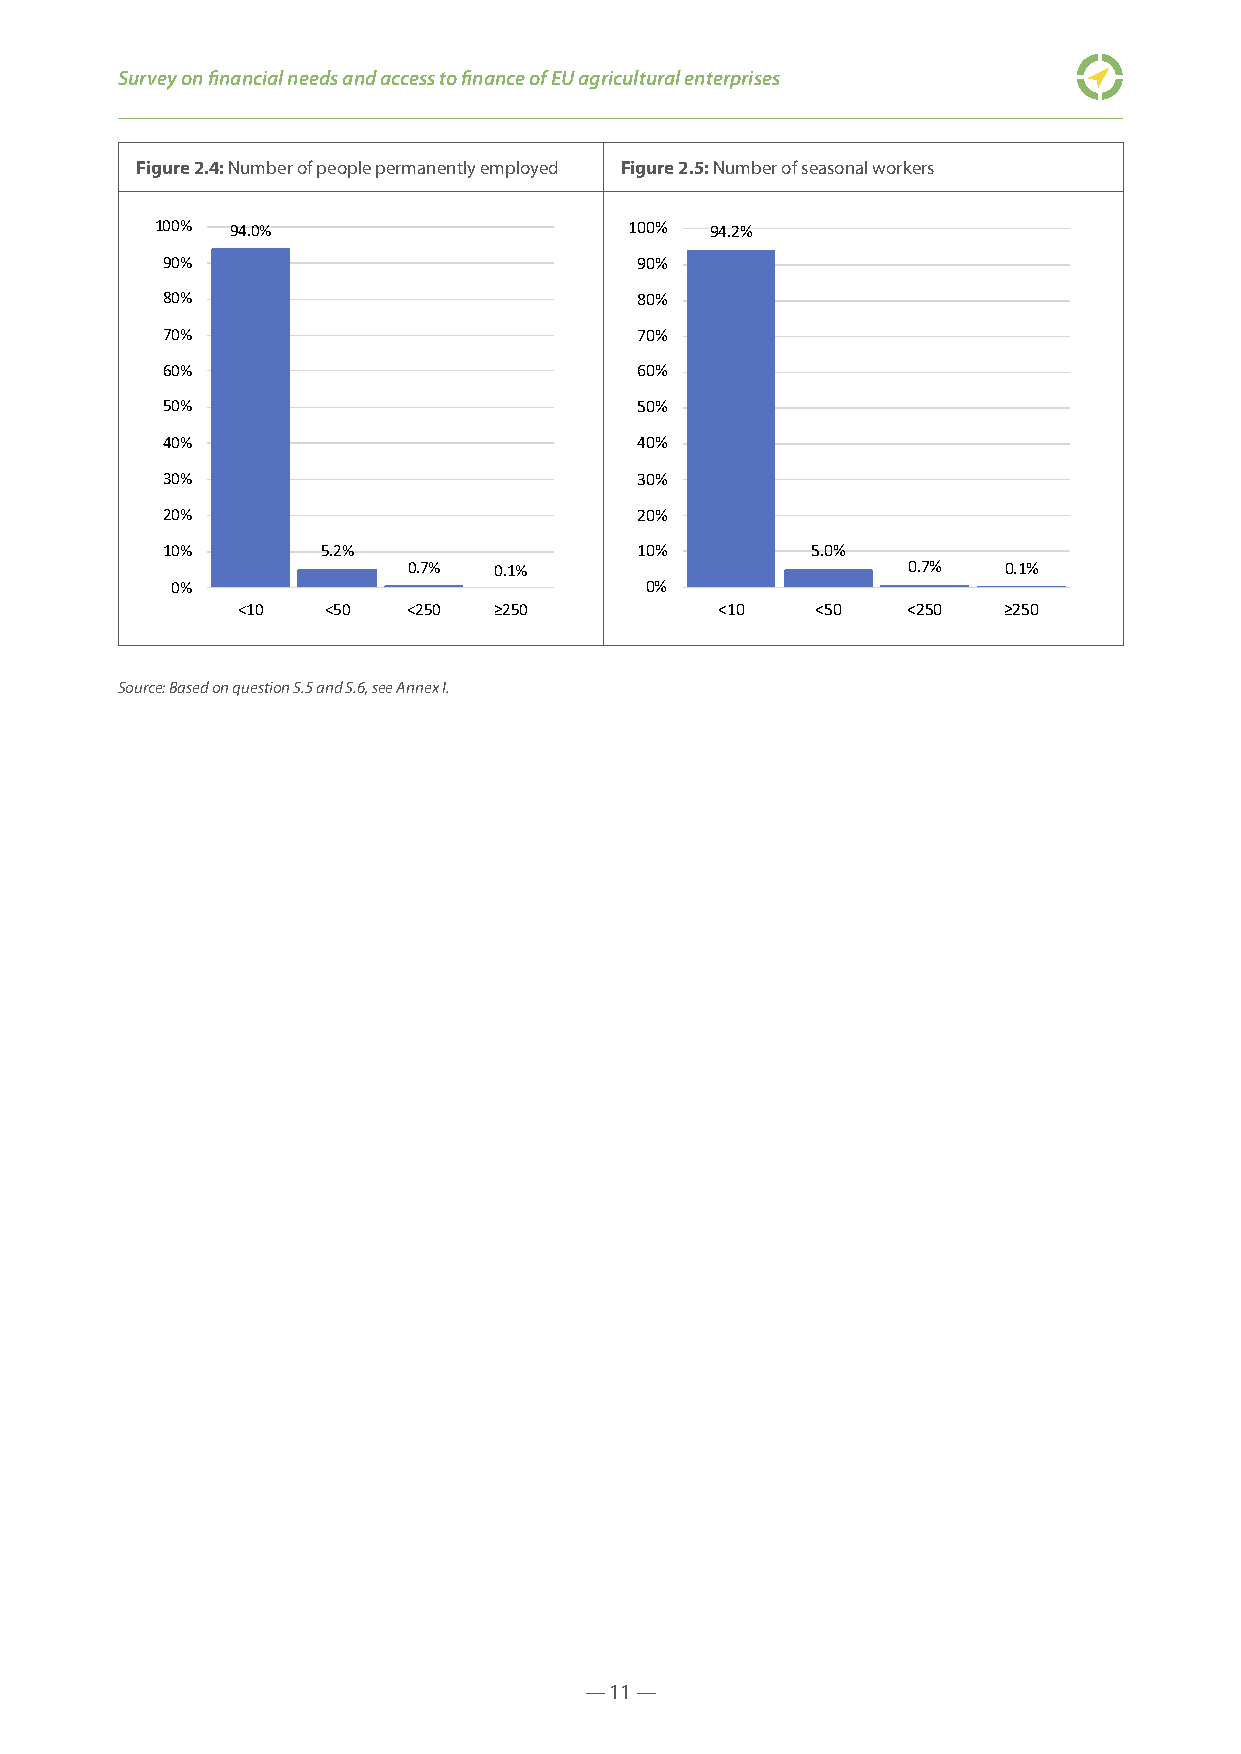
Survey on financial needs and access to finance of EU agricultural enterprises
 Figure 2.4: Number of people permanently employed Figure 2.5: Number of seasonal workers
 100% 94.0%                      100% 94.2%
 90%                            90%
 80%                            80%
 70%                            70%
 60%                            60%
 50%                            50%
 40%                            40%
 30%                            30%
 20%                            20%
 10%       5.2%                 10%         5.0%
 0.7%  0.1%                       0.7%  0.1%
 0%                              0%
 <10  <50   <250  ≥250           <10   <50   <250  ≥250
 Source: Based on question S.5 and S.6, see Annex I.
 — 11 —